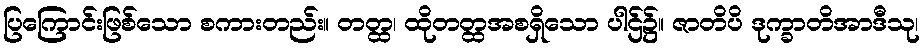
ပြကြောင်းဖြစ်သော စကားတည်း။ တတ္ထ၊ ထိုတတ္ထအစရှိသော ပါဌ်၌။ ဇာတိပိ ဒုက္ခာတိအာဒီသု၊